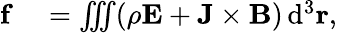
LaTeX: \begin{array}{rl}{\mathbf{f}}&{{}=\iiint(\rho\mathbf{E}+\mathbf{J}\times\mathbf{B})\, \mathrm{d}^{3}\mathbf{r},}\end{array}